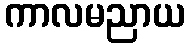
ကာလမညာယ